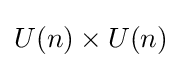
U(n)\times U(n)